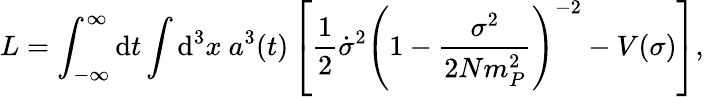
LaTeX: L=\int_{-\infty}^{\infty}\mathrm{d}t\int\mathrm{d}^{3}x~a^{3}(t)\left[\frac{{1}}{{2}}\dot{{\sigma}}^{2}\left(1-\frac{{\sigma^{2}}}{{2Nm_{P}^{2}}}\right)^{-2}-V(\sigma)\right],